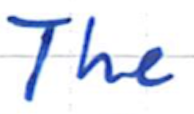
Text: The
Cross-out: clean
Writing tool: ballpoint